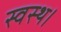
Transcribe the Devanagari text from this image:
स्वस्थ।